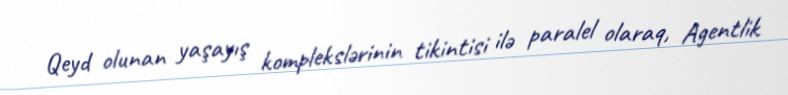
Qeyd olunan yaşayış komplekslərinin tikintisi ilə paralel olaraq, Agentlik